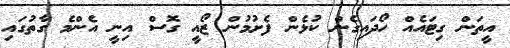
އީތަން ގިޓައެއް ހޯދައިގެން ކުޅެން ފެށުމުން ޒޯއީ ގޮސް އިނީ އެންމެ ގާތުގައި